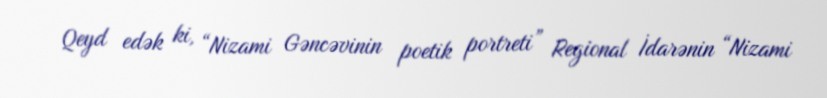
Qeyd edək ki, “Nizami Gəncəvinin poetik portreti” Regional İdarənin “Nizami